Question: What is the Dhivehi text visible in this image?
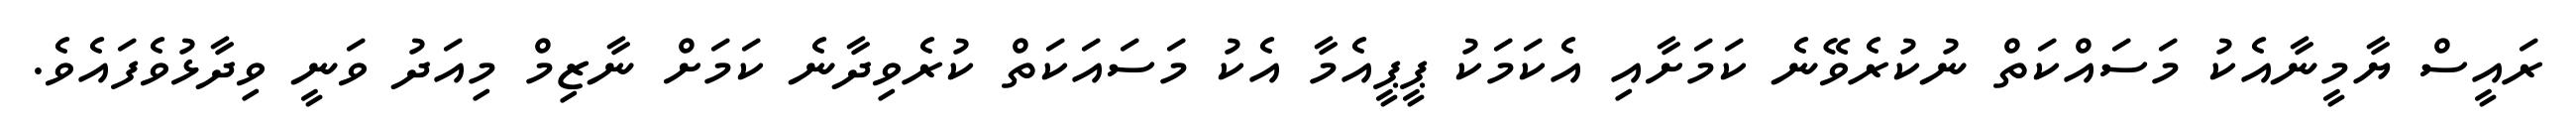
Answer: ރައީސް ޔާމީނާއެކު މަސައްކަތް ނުކުރެވޭނެ ކަމަށާއި އެކަމަކު ޕީޕީއެމާ އެކު މަސައަކަތް ކުރެވިދާނެ ކަމަށް ނާޒިމް މިއަދު ވަނީ ވިދާޅުވެފައެވެ.